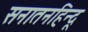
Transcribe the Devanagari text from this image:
सनातनहिन्दू